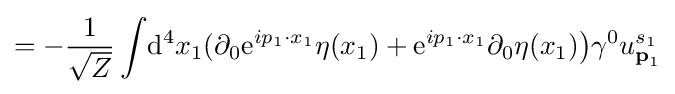
=-{\frac {1}{\sqrt {Z}}}\int \!\mathrm {d} ^{4}x_{1}(\partial _{0}\mathrm {e} ^{ip_{1}\cdot x_{1}}\eta (x_{1})+\mathrm {e} ^{ip_{1}\cdot x_{1}}\partial _{0}\eta (x_{1}){\big )}\gamma ^{0}u_{{\textbf {p}}_{1}}^{s_{1}}